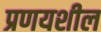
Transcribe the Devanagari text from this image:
प्रणयशील